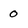
Character: 0